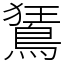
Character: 鵟